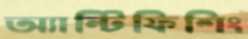
অ্যান্টিফিশিং